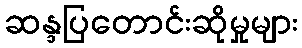
ဆန္ဒပြတောင်းဆိုမှုများ